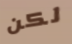
لكن